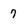
Character: 7